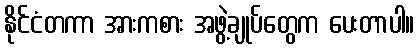
နိုင်ငံတကာ အားကစား အဖွဲ့ချုပ်တွေက ပေးတာပါ။